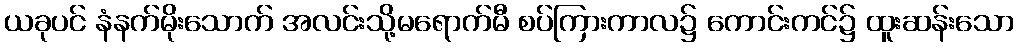
ယခုပင် နံနက်မိုးသောက် အလင်းသို့မရောက်မီ စပ်ကြားကာလ၌ ကောင်းကင်၌ ထူးဆန်းသော